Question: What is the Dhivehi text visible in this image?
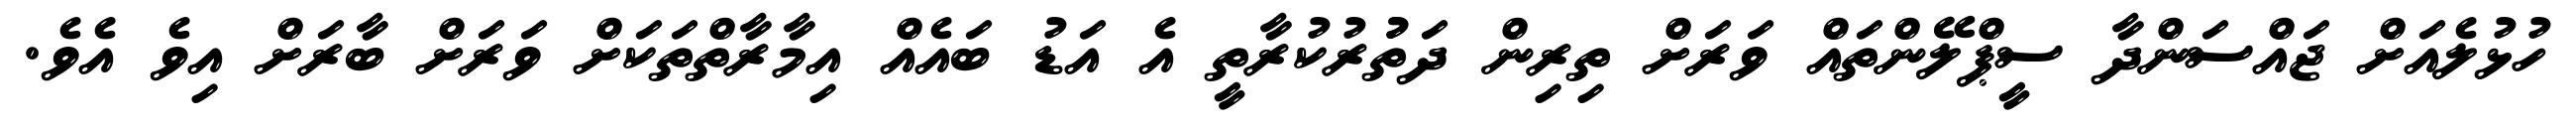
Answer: ހުޅުލެއަށް ޖައްސަންދާ ސީޕްލޭންތައް ވަރަށް ތިރިން ދަތުުރުކުރާތީ އެ އަޑު ބައެއް އިމާރާތްތަކަށް ވަރަށް ބާރަށް އިވެ އެވެ.